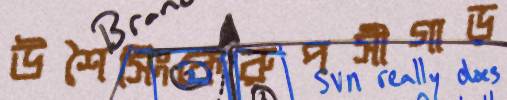
উশৈসিংকেরুপসীগাড়